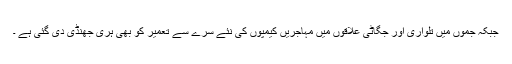
جبکہ جموں میں تلواری اور جگاٹی علاقوں میں مہاجریں کیمپوں کی نئے سرے سے تعمیر کو بھی ہری جھنڈی دی گئی ہے ۔